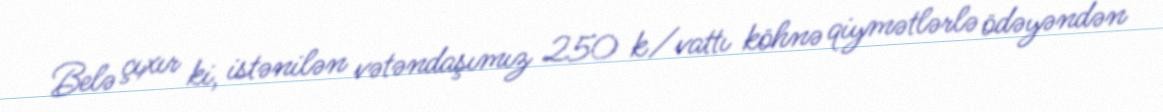
Belə çıxır ki, istənilən vətəndaşımız 250 k/vattı köhnə qiymətlərlə ödəyəndən